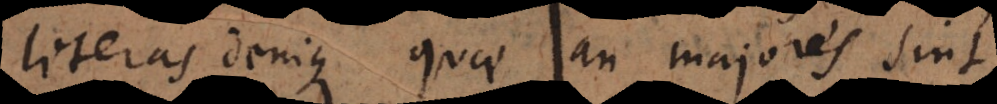
literas denique quae an majores sint